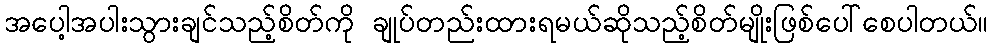
အပေါ့အပါးသွားချင်သည့်စိတ်ကို ချုပ်တည်းထားရမယ်ဆိုသည့်စိတ်မျိုးဖြစ်ပေါ်စေပါတယ်။